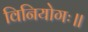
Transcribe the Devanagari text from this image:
विनियोगः॥